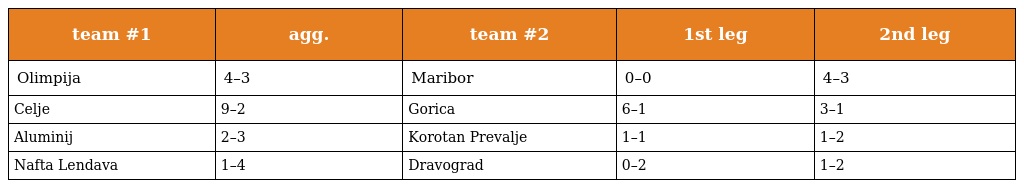
| team #1 | agg. | team #2 | 1st leg | 2nd leg |
 | --- | --- | --- | --- | --- |
 | Olimpija | 4–3 | Maribor | 0–0 | 4–3 |
 | Celje | 9–2 | Gorica | 6–1 | 3–1 |
 | Aluminij | 2–3 | Korotan Prevalje | 1–1 | 1–2 |
 | Nafta Lendava | 1–4 | Dravograd | 0–2 | 1–2 |